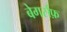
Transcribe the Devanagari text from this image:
बेगर्सफ़